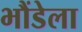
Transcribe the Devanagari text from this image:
भौंडेला